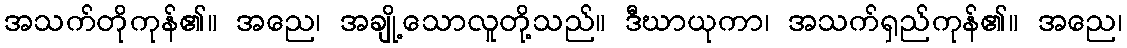
အသက်တိုကုန်၏။ အညေ၊ အချို့သောလူတို့သည်။ ဒီဃာယုကာ၊ အသက်ရှည်ကုန်၏။ အညေ၊